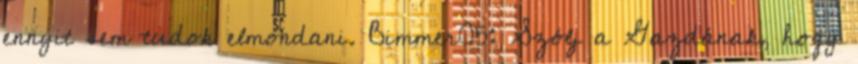
ennyit sem tudok elmondani. Bimmer05: Szólj a Gazdának, hogy